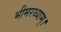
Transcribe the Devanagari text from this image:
भीमरथ्याम्।